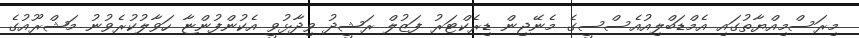
މިރަސްމިއްޔާތުގައި އެމްޑަބްލިއުއެސްސީގެ މެނޭޖިން ޑިރެކްޓަރު ފަޒުލް ރަޝީދު ވިދާޅުވީ އެކުންފުންޏާ ހަވާލުކުރެވުނު މަޝްރޫއުގެ